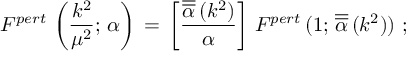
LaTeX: F ^ { p e r t } \, \left( \frac { k ^ { 2 } } { \mu ^ { 2 } } ; \, \alpha \right) \, = \, \left[ \frac { \overline { { { \overline { { { \alpha } } } } } } \, ( k ^ { 2 } ) } { \alpha } \right] \, F ^ { p e r t } \, ( 1 ; \, \overline { { { \overline { { { \alpha } } } } } } \, ( k ^ { 2 } ) ) \, \, ;